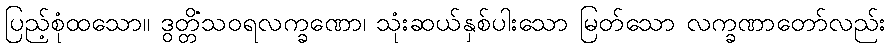
ပြည့်စုံထသော။ ဒွတ္တိံသဝရလက္ခဏော၊ သုံးဆယ်နှစ်ပါးသော မြတ်သော လက္ခဏာတော်လည်း